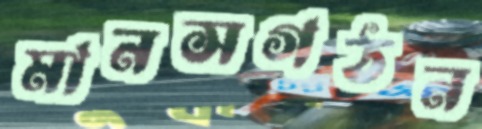
মানসগঠন